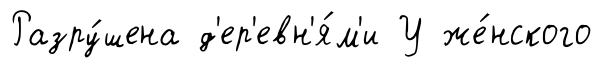
Разру́шена д'ер'евн'я́м'и У же́нского